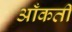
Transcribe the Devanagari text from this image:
आँकती